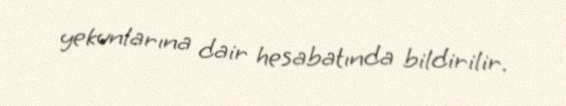
yekunlarına dair hesabatında bildirilir.